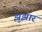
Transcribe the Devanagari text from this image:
झुझार